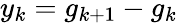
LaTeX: y_{k}=g_{k+1}-g_{k}